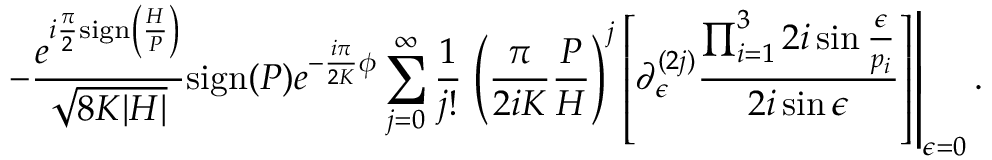
- \frac { e ^ { i \frac { \pi } { 2 } \mathrm { s i g n } \left( \frac { H } { P } \right) } } { \sqrt { 8 K | H | } } \mathrm { s i g n } ( P ) e ^ { - \frac { i \pi } { 2 K } \phi } \sum _ { j = 0 } ^ { \infty } \frac { 1 } { j ! } \left. \left( \frac { \pi } { 2 i K } \frac { P } { H } \right) ^ { j } \left[ \partial _ { \epsilon } ^ { ( 2 j ) } \frac { \prod _ { i = 1 } ^ { 3 } 2 i \sin \frac { \epsilon } { p _ { i } } } { 2 i \sin \epsilon } \right] \right| _ { \epsilon = 0 } .